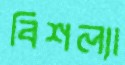
বিশল্যা